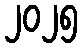
၂၀၂၅